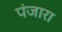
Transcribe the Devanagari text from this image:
पंजारा